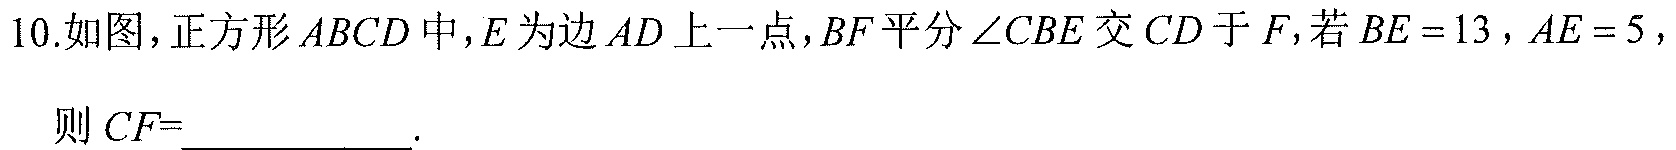
10.如图，正方形\(ABCD\)中，\(E\)为边\(AD\)上一点，\(BF\)平分\(\angle CBE\)交\(CD\)于\(F\)，若\(BE = 13\)，\(AE = 5\)，
则\(CF=\)  ．